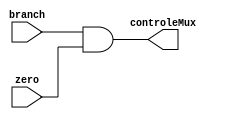
module portaand(branch, zero, controleMux);
	input branch, zero;
	output controleMux;
	
	assign controleMux = branch & zero;
endmodule

/*
module simulaportaand();
	reg branch, zero;
	wire controleMux;	

	portaand inst(branch, zero, controleMux);
	
	initial begin
		$dumpfile("teste.vcd");
		$dumpvars;
		
		   branch = 1; zero = 1;
		#4 branch = 1; zero = 0;
		#4 branch = 0; zero = 1;
		#4 branch = 0; zero = 0;
		
		#5 $finish;
	end
endmodule
*/